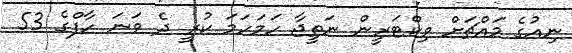
ނިއުގެ މައްޗަށް ވިކްޓަރީން ނަތީޖާ ހަމަހަމަ ކުރީ ދެ ވަނަ ހާފްގެ 53